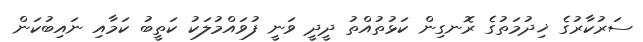
ސަރުކާރުގެ ޚިދުމަތުގެ ރޮނގިން ކަޅުތުއްތު ދީދީ ވަނީ ފުވައްމުލަކު ކަތީބު ކަމާއި ނައިބުކަން